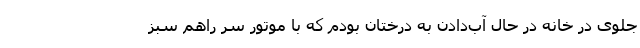
جلوی در خانه در حال آب‌دادن به درختان بودم که با موتور سر راهم سبز